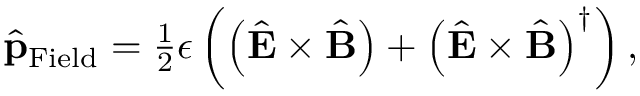
\begin{array} { r } { \hat { \bf p } _ { \mathrm { F i e l d } } = \frac { 1 } { 2 } \epsilon \left( \left( \hat { \bf E } \times \hat { \bf B } \right) + \left( \hat { \bf E } \times \hat { \bf B } \right) ^ { \dagger } \right) , } \end{array}